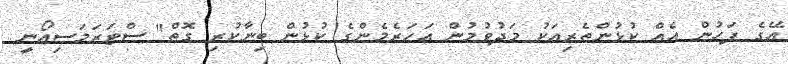
އޭގެ ފަހުން އެއް ކުޅުންތެރިއަކު މަދުވުމުން އަހަރެމެންގެ ކުޅުން ބިނާކުރި ގޮތް" ސްޓަރަމަސިއޯނީ